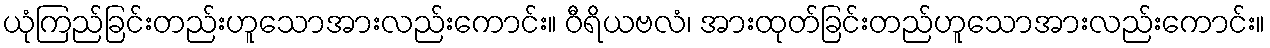
ယုံကြည်ခြင်းတည်းဟူသောအားလည်းကောင်း။ ဝီရိယဗလံ၊ အားထုတ်ခြင်းတည်ဟူသောအားလည်းကောင်း။